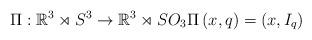
LaTeX: \begin{align*}\Pi :\mathbb{R}^{3}\rtimes S^{3}\rightarrow \mathbb{R}^{3}\rtimes SO_{3}\Pi \left( x,q\right) =\left( x,I_{q}\right) \end{align*}